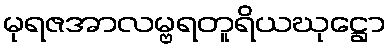
မုရဇအာလမ္ဗရတူရိယဃုဋ္ဌော